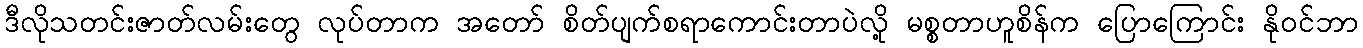
ဒီလိုသတင်းဇာတ်လမ်းတွေ လုပ်တာက အတော် စိတ်ပျက်စရာကောင်းတာပဲလို့ မစ္စတာဟူစိန်က ပြောကြောင်း နိုဝင်ဘာ